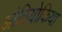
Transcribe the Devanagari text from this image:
आंतियोकिया